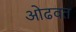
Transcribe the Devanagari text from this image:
ओढवत